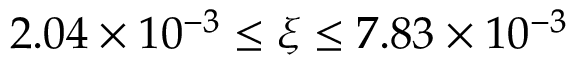
2 . 0 4 \times 1 0 ^ { - 3 } \le \xi \le 7 . 8 3 \times 1 0 ^ { - 3 }